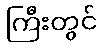
ကြီးတွင်